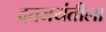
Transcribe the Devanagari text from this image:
दत्तजयंतीला